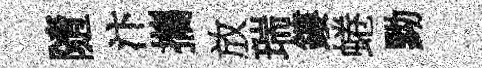
隨汴攜放瑞鏤蜷黝